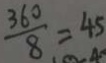
\frac { 3 6 0 } { 8 } = 4 5